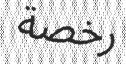
رخصة